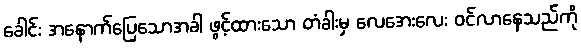
ခေါင်း အနောက်ပြေသောအခါ ဖွင့်ထားသော တံခါးမှ လေအေးလေး ဝင်လာနေသည်ကို